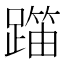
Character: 𬧍